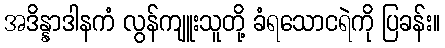
အဒိန္နာဒါနကံ လွန်ကျူးသူတို့ ခံရသောငရဲကို ပြခန်း။